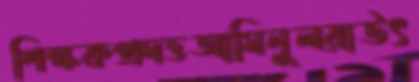
শিক্ষকপ্রদত্তআমিনুলরাউৎ